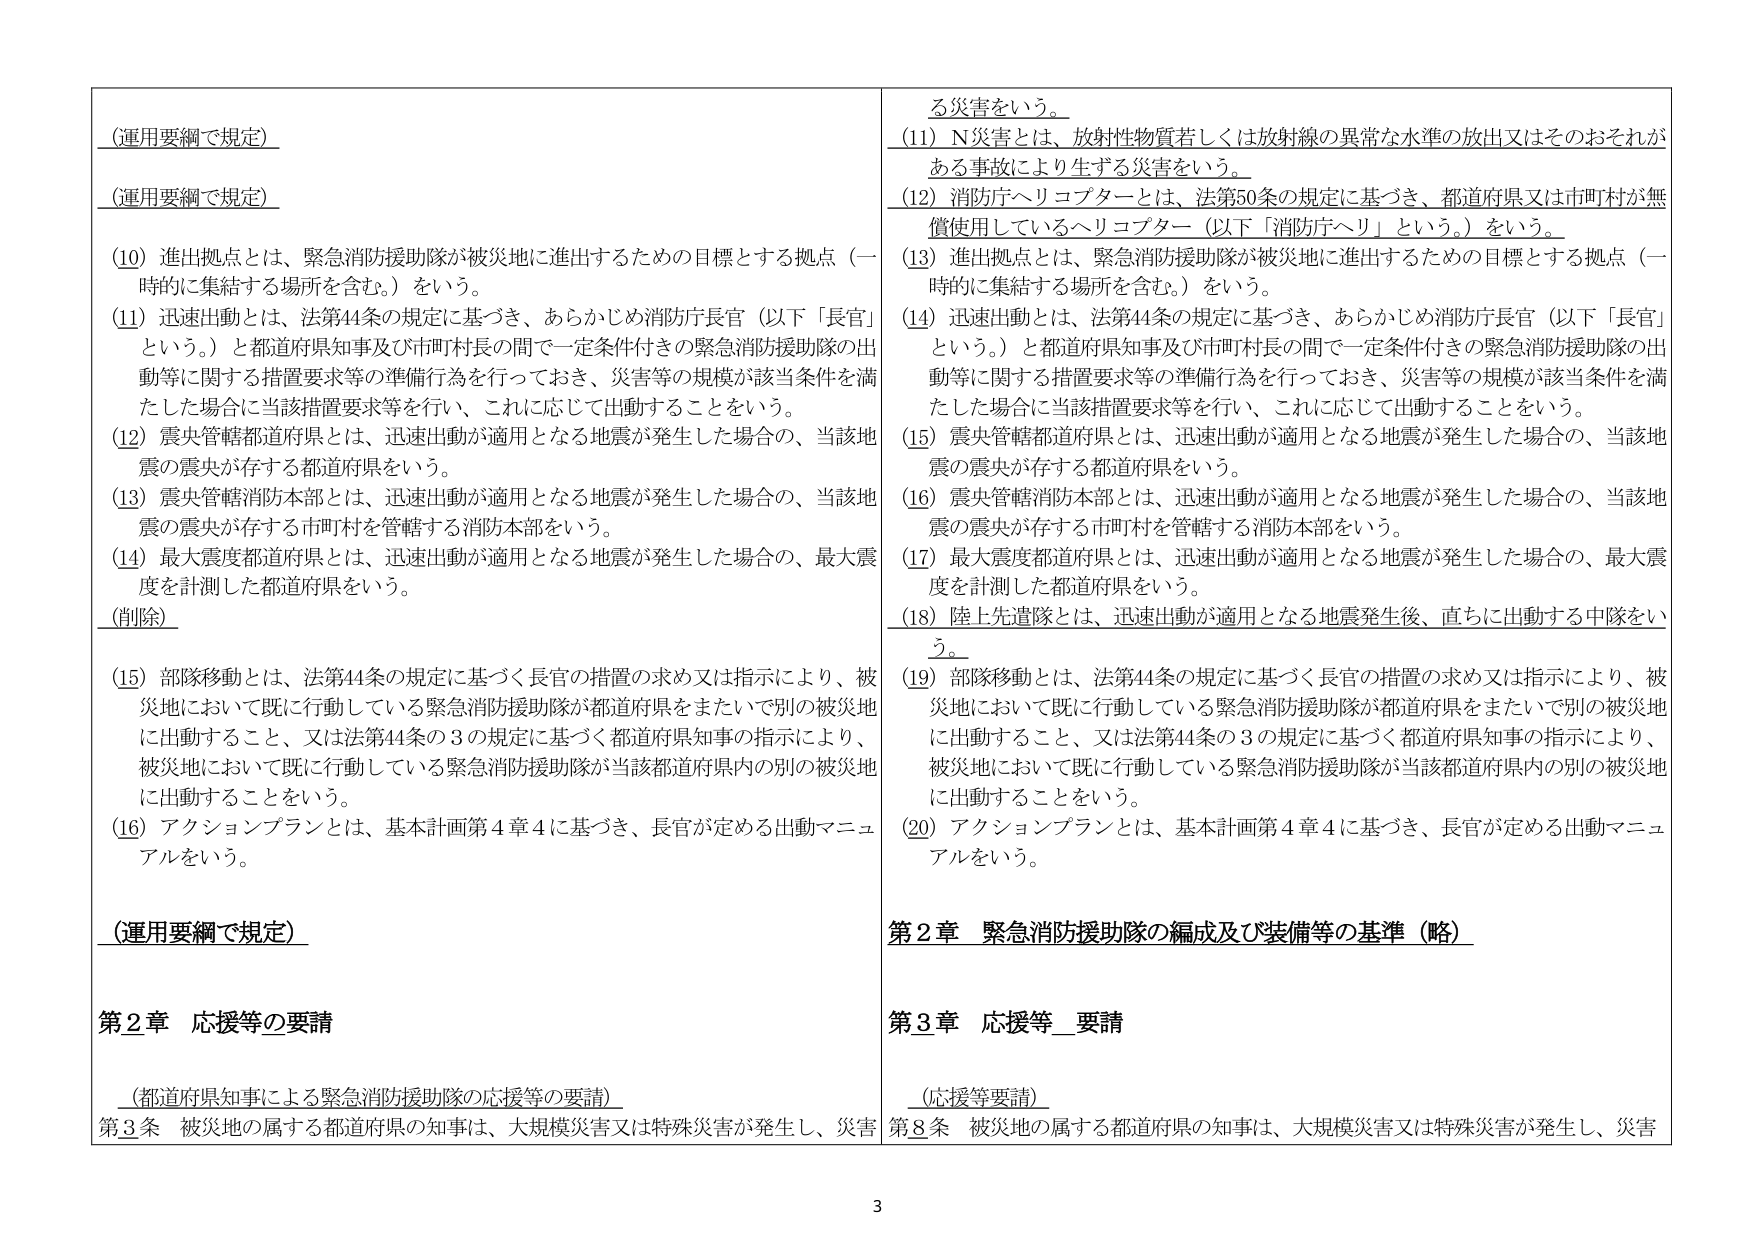
（運用要綱で規定）

（運用要綱で規定）

(10) 進出拠点とは、緊急消防援助隊が被災地に進出するための目標とする拠点（一時的に集結する場所を含む。）をいう。

(11) 迅速出動とは、法第44条の規定に基づき、あらかじめ消防庁長官（以下「長官」という。）と都道府県知事及び市町村長の間で一定条件付きの緊急消防援助隊の出動等に関する措置要求等の準備行為を行っておき、災害等の規模が該当条件を満たした場合に当該措置要求等を行い、これに応じて出動することをいう。

(12) 震央管轄都道府県とは、迅速出動が適用となる地震が発生した場合の、当該地震の震央が存する都道府県をいう。

(13) 震央管轄消防本部とは、迅速出動が適用となる地震が発生した場合の、当該地震の震央が存する市町村を管轄する消防本部をいう。

(14) 最大震度都道府県とは、迅速出動が適用となる地震が発生した場合の、最大震度を計測した都道府県をいう。

（削除）

(15) 部隊移動とは、法第44条の規定に基づく長官の措置の求め又は指示により、被災地において既に行動している緊急消防援助隊が都道府県をまたいで別の被災地に出動すること、又は法第44条の3の規定に基づく都道府県知事の指示により、被災地において既に行動している緊急消防援助隊が当該都道府県内の別の被災地に出動することをいう。

(16) アクションプランとは、基本計画第4章4に基づき、長官が定める出動マニュアルをいう。

（運用要綱で規定）

第2章 応援等の要請

（都道府県知事による緊急消防援助隊の応援等の要請）

第3条 被災地の属する都道府県の知事は、大規模災害又は特殊災害が発生し、災害

る災害をいう。

(11) N災害とは、放射性物質若しくは放射線の異常な水準の放出又はそのおそれがある事故により生ずる災害をいう。

(12) 消防庁ヘリコプターとは、法第50条の規定に基づき、都道府県又は市町村が無償使用しているヘリコプター（以下「消防庁ヘリ」という。）をいう。

(13) 進出拠点とは、緊急消防援助隊が被災地に進出するための目標とする拠点（一時的に集結する場所を含む。）をいう。

(14) 迅速出動とは、法第44条の規定に基づき、あらかじめ消防庁長官（以下「長官」という。）と都道府県知事及び市町村長の間で一定条件付きの緊急消防援助隊の出動等に関する措置要求等の準備行為を行っておき、災害等の規模が該当条件を満たした場合に当該措置要求等を行い、これに応じて出動することをいう。

(15) 震央管轄都道府県とは、迅速出動が適用となる地震が発生した場合の、当該地震の震央が存する都道府県をいう。

(16) 震央管轄消防本部とは、迅速出動が適用となる地震が発生した場合の、当該地震の震央が存する市町村を管轄する消防本部をいう。

(17) 最大震度都道府県とは、迅速出動が適用となる地震が発生した場合の、最大震度を計測した都道府県をいう。

(18) 陸上先遣隊とは、迅速出動が適用となる地震発生後、直ちに出動する中隊をいう。

(19) 部隊移動とは、法第44条の規定に基づく長官の措置の求め又は指示により、被災地において既に行動している緊急消防援助隊が都道府県をまたいで別の被災地に出動すること、又は法第44条の3の規定に基づく都道府県知事の指示により、被災地において既に行動している緊急消防援助隊が当該都道府県内の別の被災地に出動することをいう。

(20) アクションプランとは、基本計画第4章4に基づき、長官が定める出動マニュアルをいう。

第2章 緊急消防援助隊の編成及び装備等の基準（略）

第3章 応援等 要請

（応援等要請）

第8条 被災地の属する都道府県の知事は、大規模災害又は特殊災害が発生し、災害

3